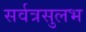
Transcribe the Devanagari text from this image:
सर्वत्रसुलभ